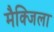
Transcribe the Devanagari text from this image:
मैक्जिला